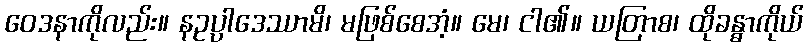
ဝေဒနာကိုလည်း။ နဥပ္ပါဒေဿာမိ၊ မဖြစ်စေအံ့။ မေ၊ ငါ၏။ ယတြာစ၊ ထိုခန္ဓာကိုယ်